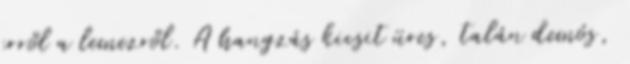
erről a lemezről. A hangzás kicsit üres, talán demós,